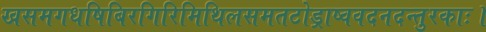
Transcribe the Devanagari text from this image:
खसमगधषिबिरगिरिमिथिलसमतटोड्राष्ववदनदन्तुरकाः।